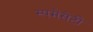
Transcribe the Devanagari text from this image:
स्पमेंसेटी